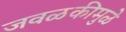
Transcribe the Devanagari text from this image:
जवळकीमुळे